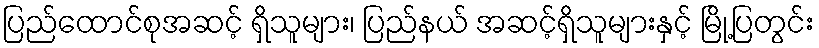
ပြည်ထောင်စုအဆင့် ရှိသူများ၊ ပြည်နယ် အဆင့်ရှိသူများနှင့် မြို့ပြတွင်း